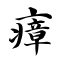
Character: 瘴